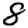
Digit: 8